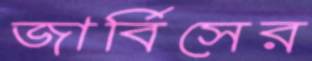
জার্বিসের